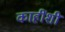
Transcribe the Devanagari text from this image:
काहींशी